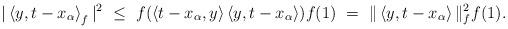
LaTeX: \begin{align*} |\left<y,t-x_\alpha\right>_f|^2 \ \leq \ f( \left<t-x_\alpha,y\right> \left<y,t-x_\alpha\right>) f(1) \ =\ \| \left<y,t-x_\alpha\right> \|_f^2 f(1).\end{align*}